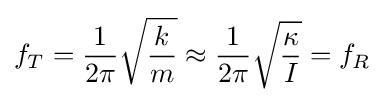
f_{T}={\frac {1}{2\pi }}{\sqrt {\frac {k}{m}}}\approx {\frac {1}{2\pi }}{\sqrt {\frac {\kappa }{I}}}=f_{R}